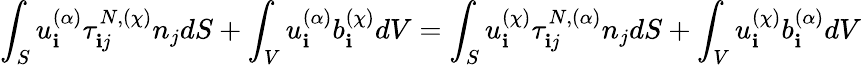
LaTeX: \int_{S}u_{\mathbf{i}}^{(\alpha)}\tau_{\mathbf{i}j}^{N,(\chi)}n_{j}dS+\int_{V}u_{\mathbf{i}}^{(\alpha)}b_{\mathbf{i}}^{(\chi)}dV=\int_{S}u_{\mathbf{i}}^{(\chi)}\tau_{\mathbf{i}j}^{N,(\alpha)}n_{j}dS+\int_{V}u_{\mathbf{i}}^{(\chi)}b_{\mathbf{i}}^{(\alpha)}dV